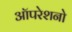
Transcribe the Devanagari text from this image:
ऑपरेशनो